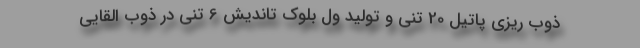
ذوب ريزي پاتيل 20 تني و توليد ول بلوك تانديش 6 تني در ذوب القایي